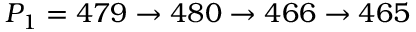
P _ { 1 } = 4 7 9 \to 4 8 0 \to 4 6 6 \to 4 6 5